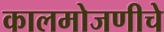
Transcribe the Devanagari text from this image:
कालमोजणीचे